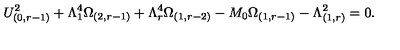
U _ { ( 0 , r - 1 ) } ^ { 2 } + \Lambda _ { 1 } ^ { 4 } \Omega _ { ( 2 , r - 1 ) } + \Lambda _ { r } ^ { 4 } \Omega _ { ( 1 , r - 2 ) } - M _ { 0 } \Omega _ { ( 1 , r - 1 ) } - \Lambda _ { ( 1 , r ) } ^ { 2 } = 0 .